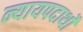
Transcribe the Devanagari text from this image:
न्यायपदार्थों